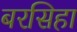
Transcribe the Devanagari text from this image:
बरसिहा